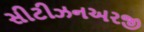
સીટીઝનઅરજી